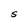
Character: S